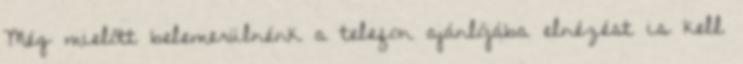
Még mielőtt belemerülnénk a telefon ajánlójába elnézést is kell